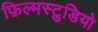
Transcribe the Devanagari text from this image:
फ़िल्मस्टुडियो